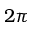
2 \pi